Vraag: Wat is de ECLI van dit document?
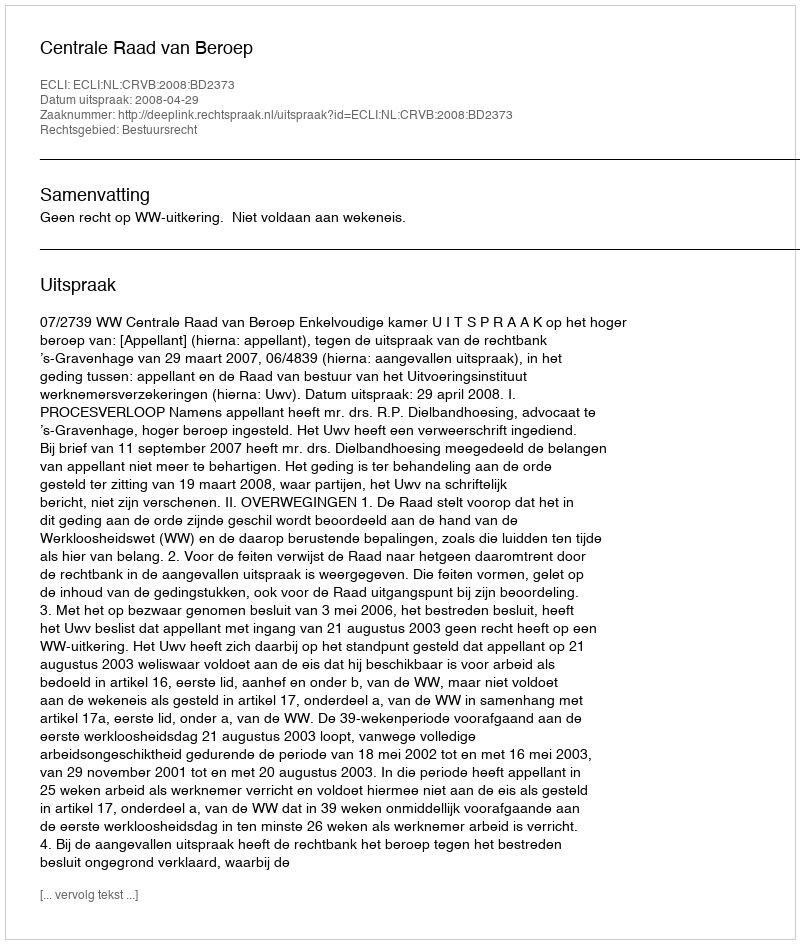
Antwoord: ECLI:NL:CRVB:2008:BD2373